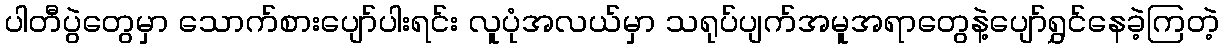
ပါတီပွဲတွေမှာ သောက်စားပျော်ပါးရင်း လူပုံအလယ်မှာ သရုပ်ပျက်အမူအရာတွေနဲ့ပျော်ရွှင်နေခဲ့ကြတဲ့